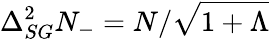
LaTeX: \Delta_{SG}^{2}N_{-}=N/\sqrt{1+\Lambda}